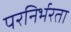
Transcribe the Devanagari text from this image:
परनिर्भरता